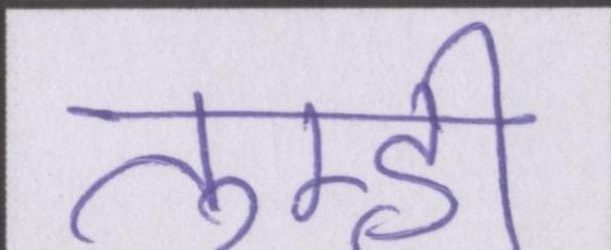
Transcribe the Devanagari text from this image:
तुम्ही